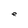
Character: e